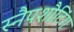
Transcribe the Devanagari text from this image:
स्नैपशौटिंग